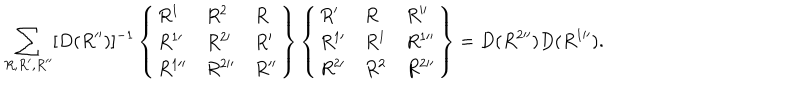
LaTeX: \sum _ { R , R ^ { \prime } , R ^ { \prime \prime } } [ D ( R ^ { \prime \prime } ) ] ^ { - 1 } \left\{ \begin{array} { l l l } { { R ^ { 1 } } } & { { R ^ { 2 } } } & { { R } } \\ { { R ^ { 1 \prime } } } & { { R ^ { 2 \prime } } } & { { R ^ { \prime } } } \\ { { R ^ { 1 \prime \prime } } } & { { R ^ { 2 \prime \prime } } } & { { R ^ { \prime \prime } } } \\ \end{array} \right\} \left\{ \begin{array} { l l l } { { R ^ { \prime } } } & { { R } } & { { R ^ { \prime \prime } } } \\ { { R ^ { 1 \prime } } } & { { R ^ { 1 } } } & { { R ^ { 1 \prime \prime } } } \\ { { R ^ { 2 \prime } } } & { { R ^ { 2 } } } & { { R ^ { 2 \prime \prime } } } \\ \end{array} \right\} = D ( R ^ { 2 \prime \prime } ) D ( R ^ { 1 \prime \prime } ) .